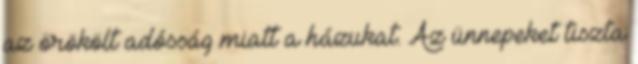
az örökölt adósság miatt a házukat. Az ünnepeket tiszta